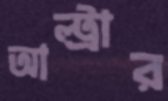
আল্ট্রার